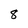
Character: 8